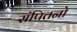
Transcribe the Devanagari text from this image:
संपितनो